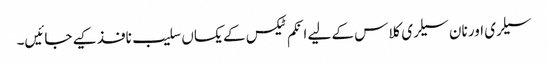
سیلری اور نان سیلری کلاس کے لیے انکم ٹیکس کے یکساں سلیب نافذ کیے جائیں۔